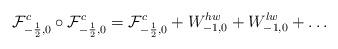
LaTeX: \begin{align*}{\cal F} _{-\frac{1}{2},0}^c \circ {\cal F} _{-\frac{1}{2},0}^c = {\cal F}_{-\frac{1}{2},0}^c+ W_{-1,0}^{hw} + W_{-1,0}^{lw} + \dots\end{align*}